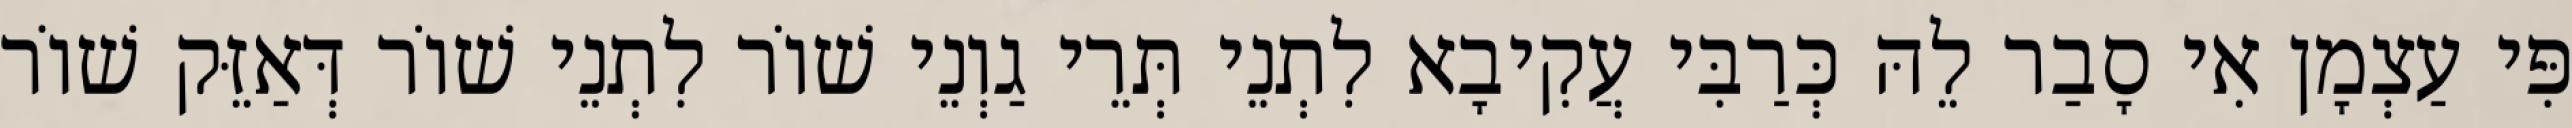
פִּי עַצְמָן אִי סָבַר לֵהּ כְּרַבִּי עֲקִיבָא לִתְנֵי תְּרֵי גַוְנֵי שׁוֹר לִתְנֵי שׁוֹר דְּאַזֵּק שׁוֹר